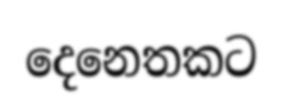
දෙනෙතකට